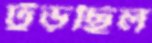
ঢুঁড়ছিল